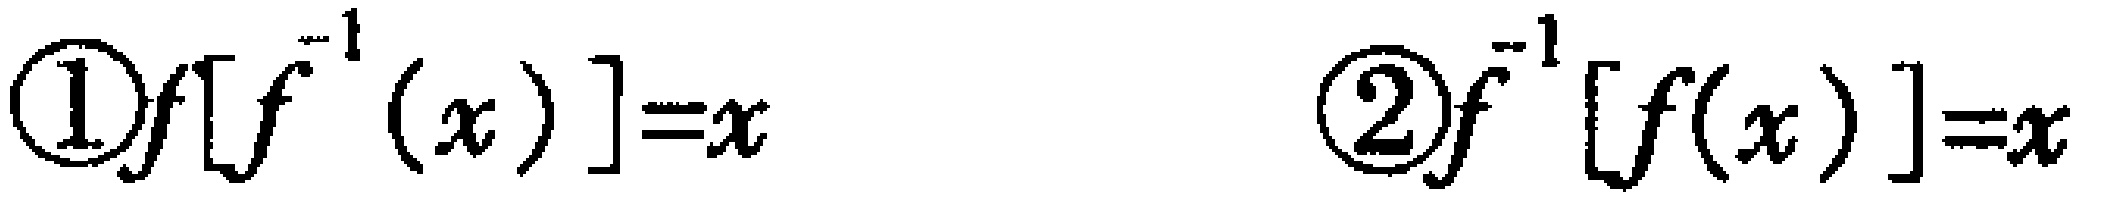
\textcircled{1}$f[f^{-1}(x)] = x$ \textcircled{2}$f^{-1}[f(x)] = x$